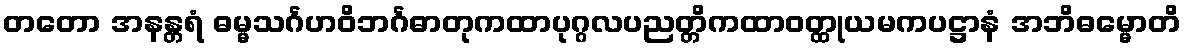
တတော အနန္တရံ ဓမ္မသင်္ဂဟဝိဘင်္ဂဓာတုကထာပုဂ္ဂလပညတ္တိကထာဝတ္ထုယမကပဋ္ဌာနံ အဘိဓမ္မောတိ